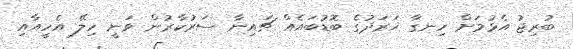
ބުރިޖު އެޅުމަށް ހިނގާ ޚަރަދުގެ ބޮޑުބައެއް ޗައިނާ ސަރުކާރުން ވަނީ ހިލޭ އެހީއާއި